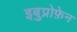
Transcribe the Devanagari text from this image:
इबुप्रोफ़ेन